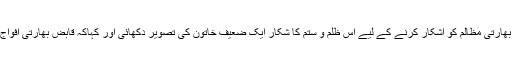
اس موقع پر وزیراعظم آزاد کشمیر راجہ فاروق حیدر نے بھارتی مظالم کو آشکار کرنے کے لیے اس ظلم و ستم کا شکار ایک ضعیف خاتون کی تصویر دکھائی اور کہاکہ قابض بھارتی افواج سے مقبوضہ کشمیر کی بوڑھی خواتین بھی محفوظ نہیں۔